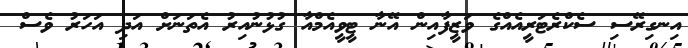
އިނގިރޭސި ސެކްރެޓަރީއެއްގެ ވަޒީފާއިން އޭނާ ޓީވީއެމްއާ ގުޅުނުއިރު އެތަނަށް އަދި އަހަރު ވެސް